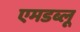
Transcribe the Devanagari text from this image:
एमडब्लू